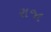
રાજા